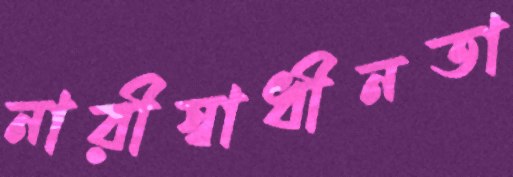
নারীস্বাধীনতা